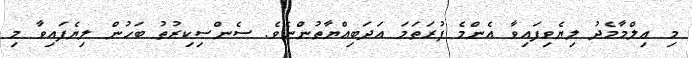
މި ޢިލްމާމެދު ލިޔެވިފައިވާ އެންމެ ފުރަތަމަ އަދަބިއްޔާތުންނެވެ. ސެންސިކިރުތު ބަހުން ލިޔެފައިވާ މި